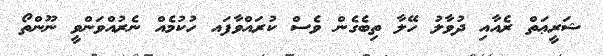
ޝަރީޢަތް ރެއާއި ދުވާލު ހޭލާ ތިބެގެން ވެސް ކުރައްވާފައ ހުކުމެއް ނެރުއްވަންވީ ނޫންތޯ